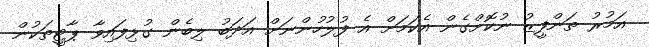
އަމުރު ތަންފީޒު ނުކޮށްގެން އެކަމަށް އެ ފުލުހުންނަށް އަދަބު ލިބެން ގުޅިފައިވާ ޕާޓީތަކުން